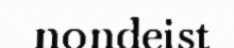
nondeist